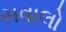
સવાલો